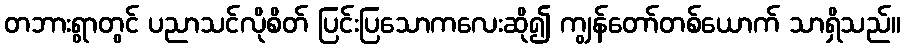
တဘားရွာတွင် ပညာသင်လိုစိတ် ပြင်းပြသောကလေးဆို၍ ကျွန်တော်တစ်ယောက် သာရှိသည်။